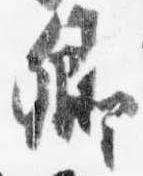
卿